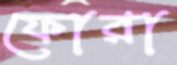
ফোরা